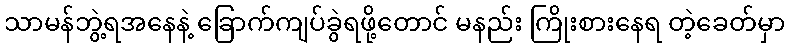
သာမန်ဘွဲ့ရအနေနဲ့ ခြောက်ကျပ်ခွဲရဖို့တောင် မနည်း ကြိုးစားနေရ တဲ့ခေတ်မှာ